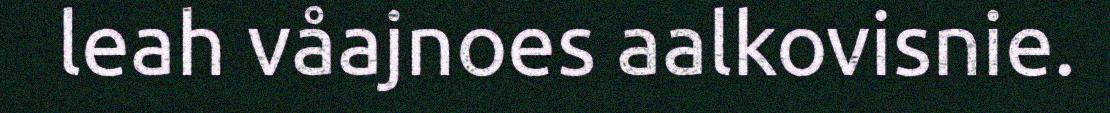
leah våajnoes aalkovisnie.